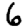
Digit: 6